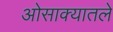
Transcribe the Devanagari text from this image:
ओसाक्यातले